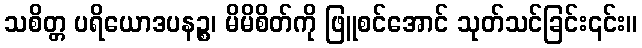
သစိတ္တ ပရိယောဒပနဉ္စ၊ မိမိစိတ်ကို ဖြူစင်အောင် သုတ်သင်ခြင်း၎င်း။